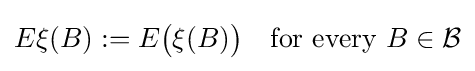
E\xi (B):=E{\bigl (}\xi (B){\bigr )}\quad {\text{for every }}B\in {\mathcal {B}}